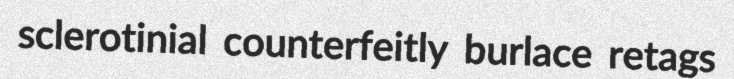
sclerotinial counterfeitly burlace retags